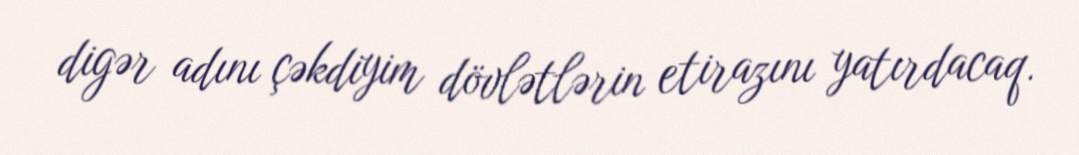
digər adını çəkdiyim dövlətlərin etirazını yatırdacaq.